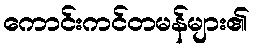
ကောင်းကင်တမန်များ၏